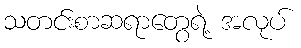
သတင်းစာဆရာတွေရဲ့ အလုပ်